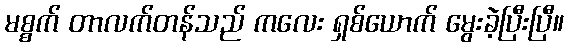
မစ္စက် တာလက်တန်သည် ကလေး ရှစ်ယောက် မွေးခဲ့ပြီးပြီ။